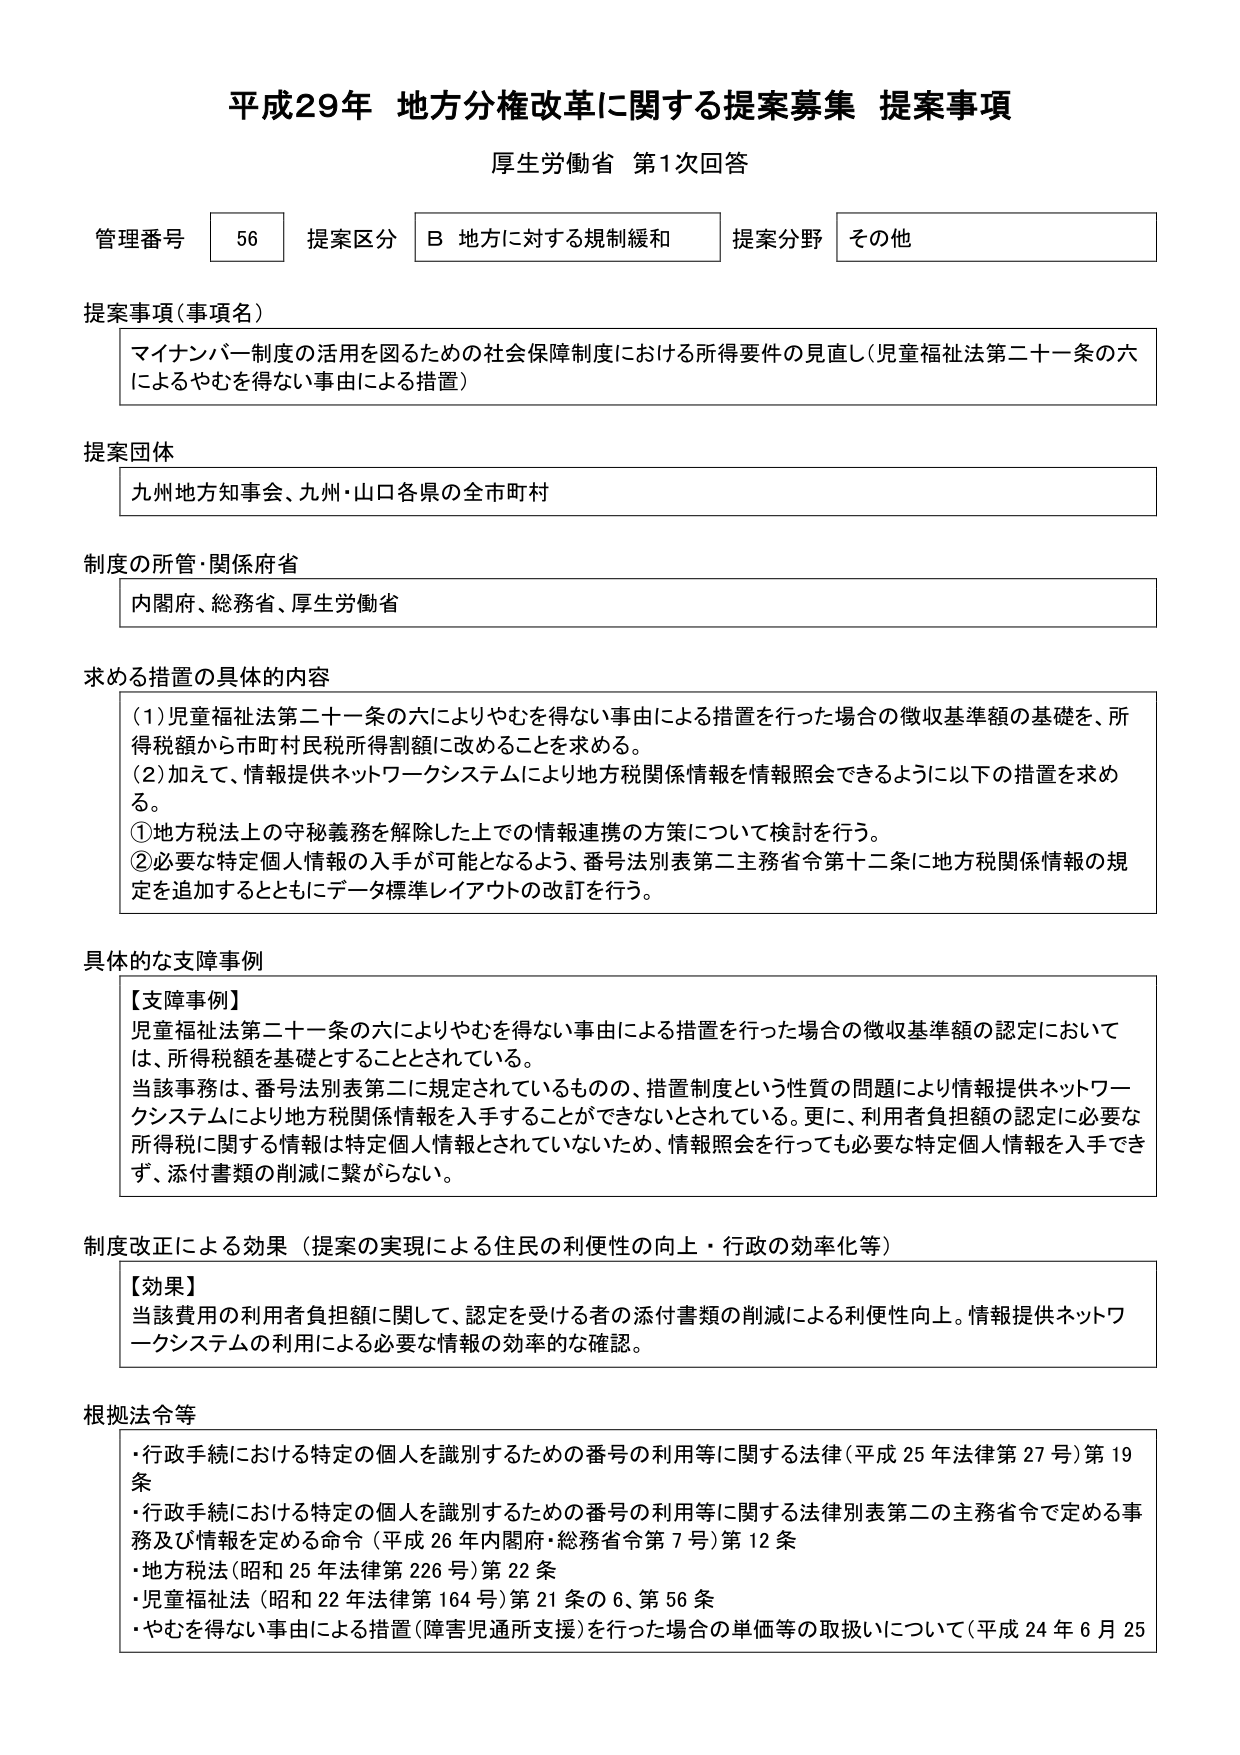
平成29年 地方分権改革に関する提案募集 提案事項
厚生労働省 第1次回答

管理番号 56 提案区分 B 地方に対する規制緩和 提案分野 その他

提案事項（事項名）
マイナンバー制度の活用を図るための社会保障制度における所得要件の見直し（児童福祉法第二十一条の六によるやむを得ない事由による措置）

提案団体
九州地方知事会、九州・山口各県の全市町村

制度の所管・関係府省
内閣府、総務省、厚生労働省

求める措置の具体的内容
（1）児童福祉法第二十一条の六によりやむを得ない事由による措置を行った場合の徴収基準額の基礎を、所得税額から市町村民税所得割額に改めることを求める。
（2）加えて、情報提供ネットワークシステムにより地方税関係情報を情報照会できるように以下の措置を求める。
①地方税法上の守秘義務を解除した上での情報連携の方策について検討を行う。
②必要な特定個人情報の入手が可能となるよう、番号法別表第二主務省令第十二条に地方税関係情報の規定を追加するとともにデータ標準レイアウトの改訂を行う。

具体的な支障事例
【支障事例】
児童福祉法第二十一条の六によりやむを得ない事由による措置を行った場合の徴収基準額の認定においては、所得税額を基礎とすることとされている。
当該事務は、番号法別表第二に規定されているものの、措置制度という性質の問題により情報提供ネットワークシステムにより地方税関係情報を入手することができないとされている。更に、利用者負担額の認定に必要な所得税に関する情報は特定個人情報とされていないため、情報照会を行っても必要な特定個人情報を入手できず、添付書類の削減に繋がらない。

制度改正による効果（提案の実現による住民の利便性の向上・行政の効率化等）
【効果】
当該費用の利用者負担額に関して、認定を受ける者の添付書類の削減による利便性向上。情報提供ネットワークシステムの利用による必要な情報の効率的な確認。

根拠法令等
・行政手続における特定の個人を識別するための番号の利用等に関する法律（平成25年法律第27号）第19条
・行政手続における特定の個人を識別するための番号の利用等に関する法律別表第二の主務省令で定める事務及び情報を定める命令（平成26年内閣府・総務省令第7号）第12条
・地方税法（昭和25年法律第226号）第22条
・児童福祉法（昭和22年法律第164号）第21条の6、第56条
・やむを得ない事由による措置（障害児通所支援）を行った場合の単価等の取扱いについて（平成24年6月25